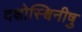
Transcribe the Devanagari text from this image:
दक्षोस्श्विनीषु